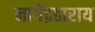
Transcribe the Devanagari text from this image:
नागेंद्रहाराय